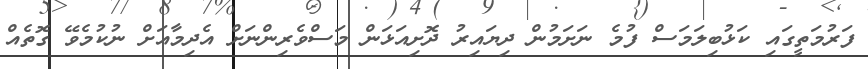
ފަރުމަތީގައި ކަޅުބިލަމަސް ފުމެ ނަށަމުން ދިޔައިރު ދޮށިއަޅަން މަސްވެރިންނަށް އެދިމާއަށް ނުކުމެވޭ ގޮތެއް